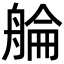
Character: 䑳